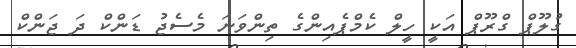
ގުލޫޕް ގްރޫޕް އަކީ ހީލް ކެމްޕެއިންގެ ތިންވަނަ މެސެޖު ޑަންކް ދަ ޖަންކް